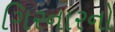
ગિરનારનો